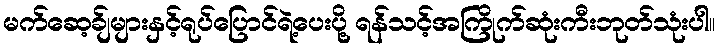
မက်ဆေ့ခ်ျများနှင့်ရုပ်ပြောင်ရဲ့ပေးပို့ ရန်သင့်အကြိုက်ဆုံးကီးဘုတ်သုံးပါ။